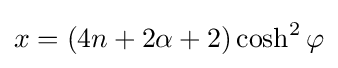
x=(4n+2\alpha +2)\cosh ^{2}\varphi